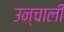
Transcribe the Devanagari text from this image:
उन्चाली